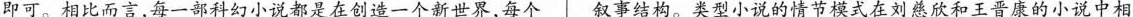
即可。相比而言，每一部科幻小说都是在创造一个新世界，每个 叙事结构。类型小说的情节模式在刘慈欣和王晋康的小说中相